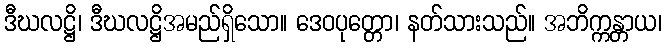
ဒီဃလဋ္ဌိ၊ ဒီဃလဋ္ဌိအမည်ရှိသော။ ဒေဝပုတ္တော၊ နတ်သားသည်။ အဘိက္ကန္တာယ၊